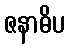
ဇနာဓိပ